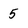
Character: 5